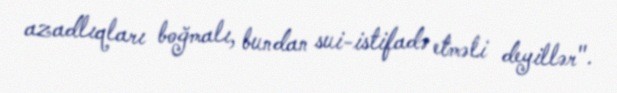
azadlıqları boğmalı, bundan sui-istifadə etməli deyillər".